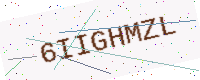
Text: 6IIGHMZL